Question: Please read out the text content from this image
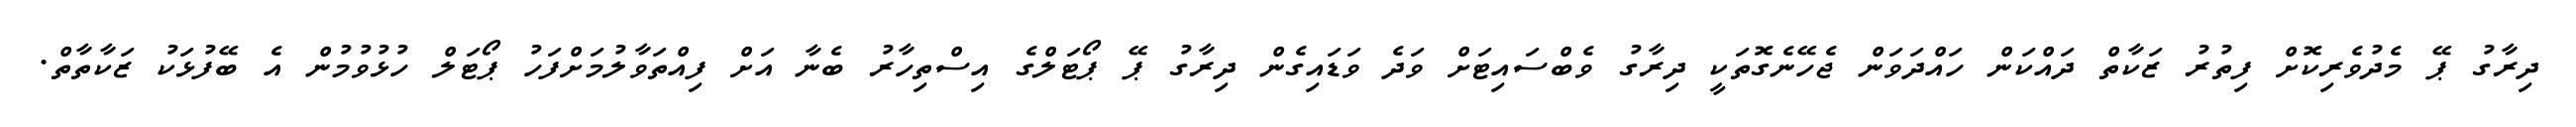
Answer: ދިރާގު ޕޭ މެދުވެރިކޮށް ފިތުރު ޒަކާތް ދައްކަން ހައްދަވަން ޖެހޭނެގޮތަކީ ދިރާގު ވެބްސައިޓަށް ވަދެ ވަޑައިގެން ދިރާގު ޕޭ ޕޯޓަލްގެ އިސްތިހާރު ބެނާ އަށް ފިއްތަވާލުމަށްފަހު ޕޯޓަލް ހުޅުވުމުން އެ ބޭފުޅަކު ޒަކާތާތް.